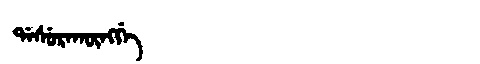
Manchu: ᡩᠠᠰᡠᡵᠠᡴᡡᠩᡤᡝ
Romanization: DASURAKŪNGGE